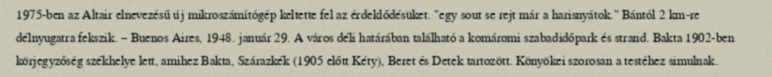
1975-ben az Altair elnevezésű új mikroszámítógép keltette fel az érdeklődésüket. "egy sout se rejt már a harisnyátok." Bántól 2 km-re délnyugatra fekszik. – Buenos Aires, 1948. január 29. A város déli határában található a komáromi szabadidőpark és strand. Bakta 1902-ben körjegyzőség székhelye lett, amihez Bakta, Szárazkék (1905 előtt Kéty), Beret és Detek tartozött. Könyökei szorosan a testéhez simulnak.